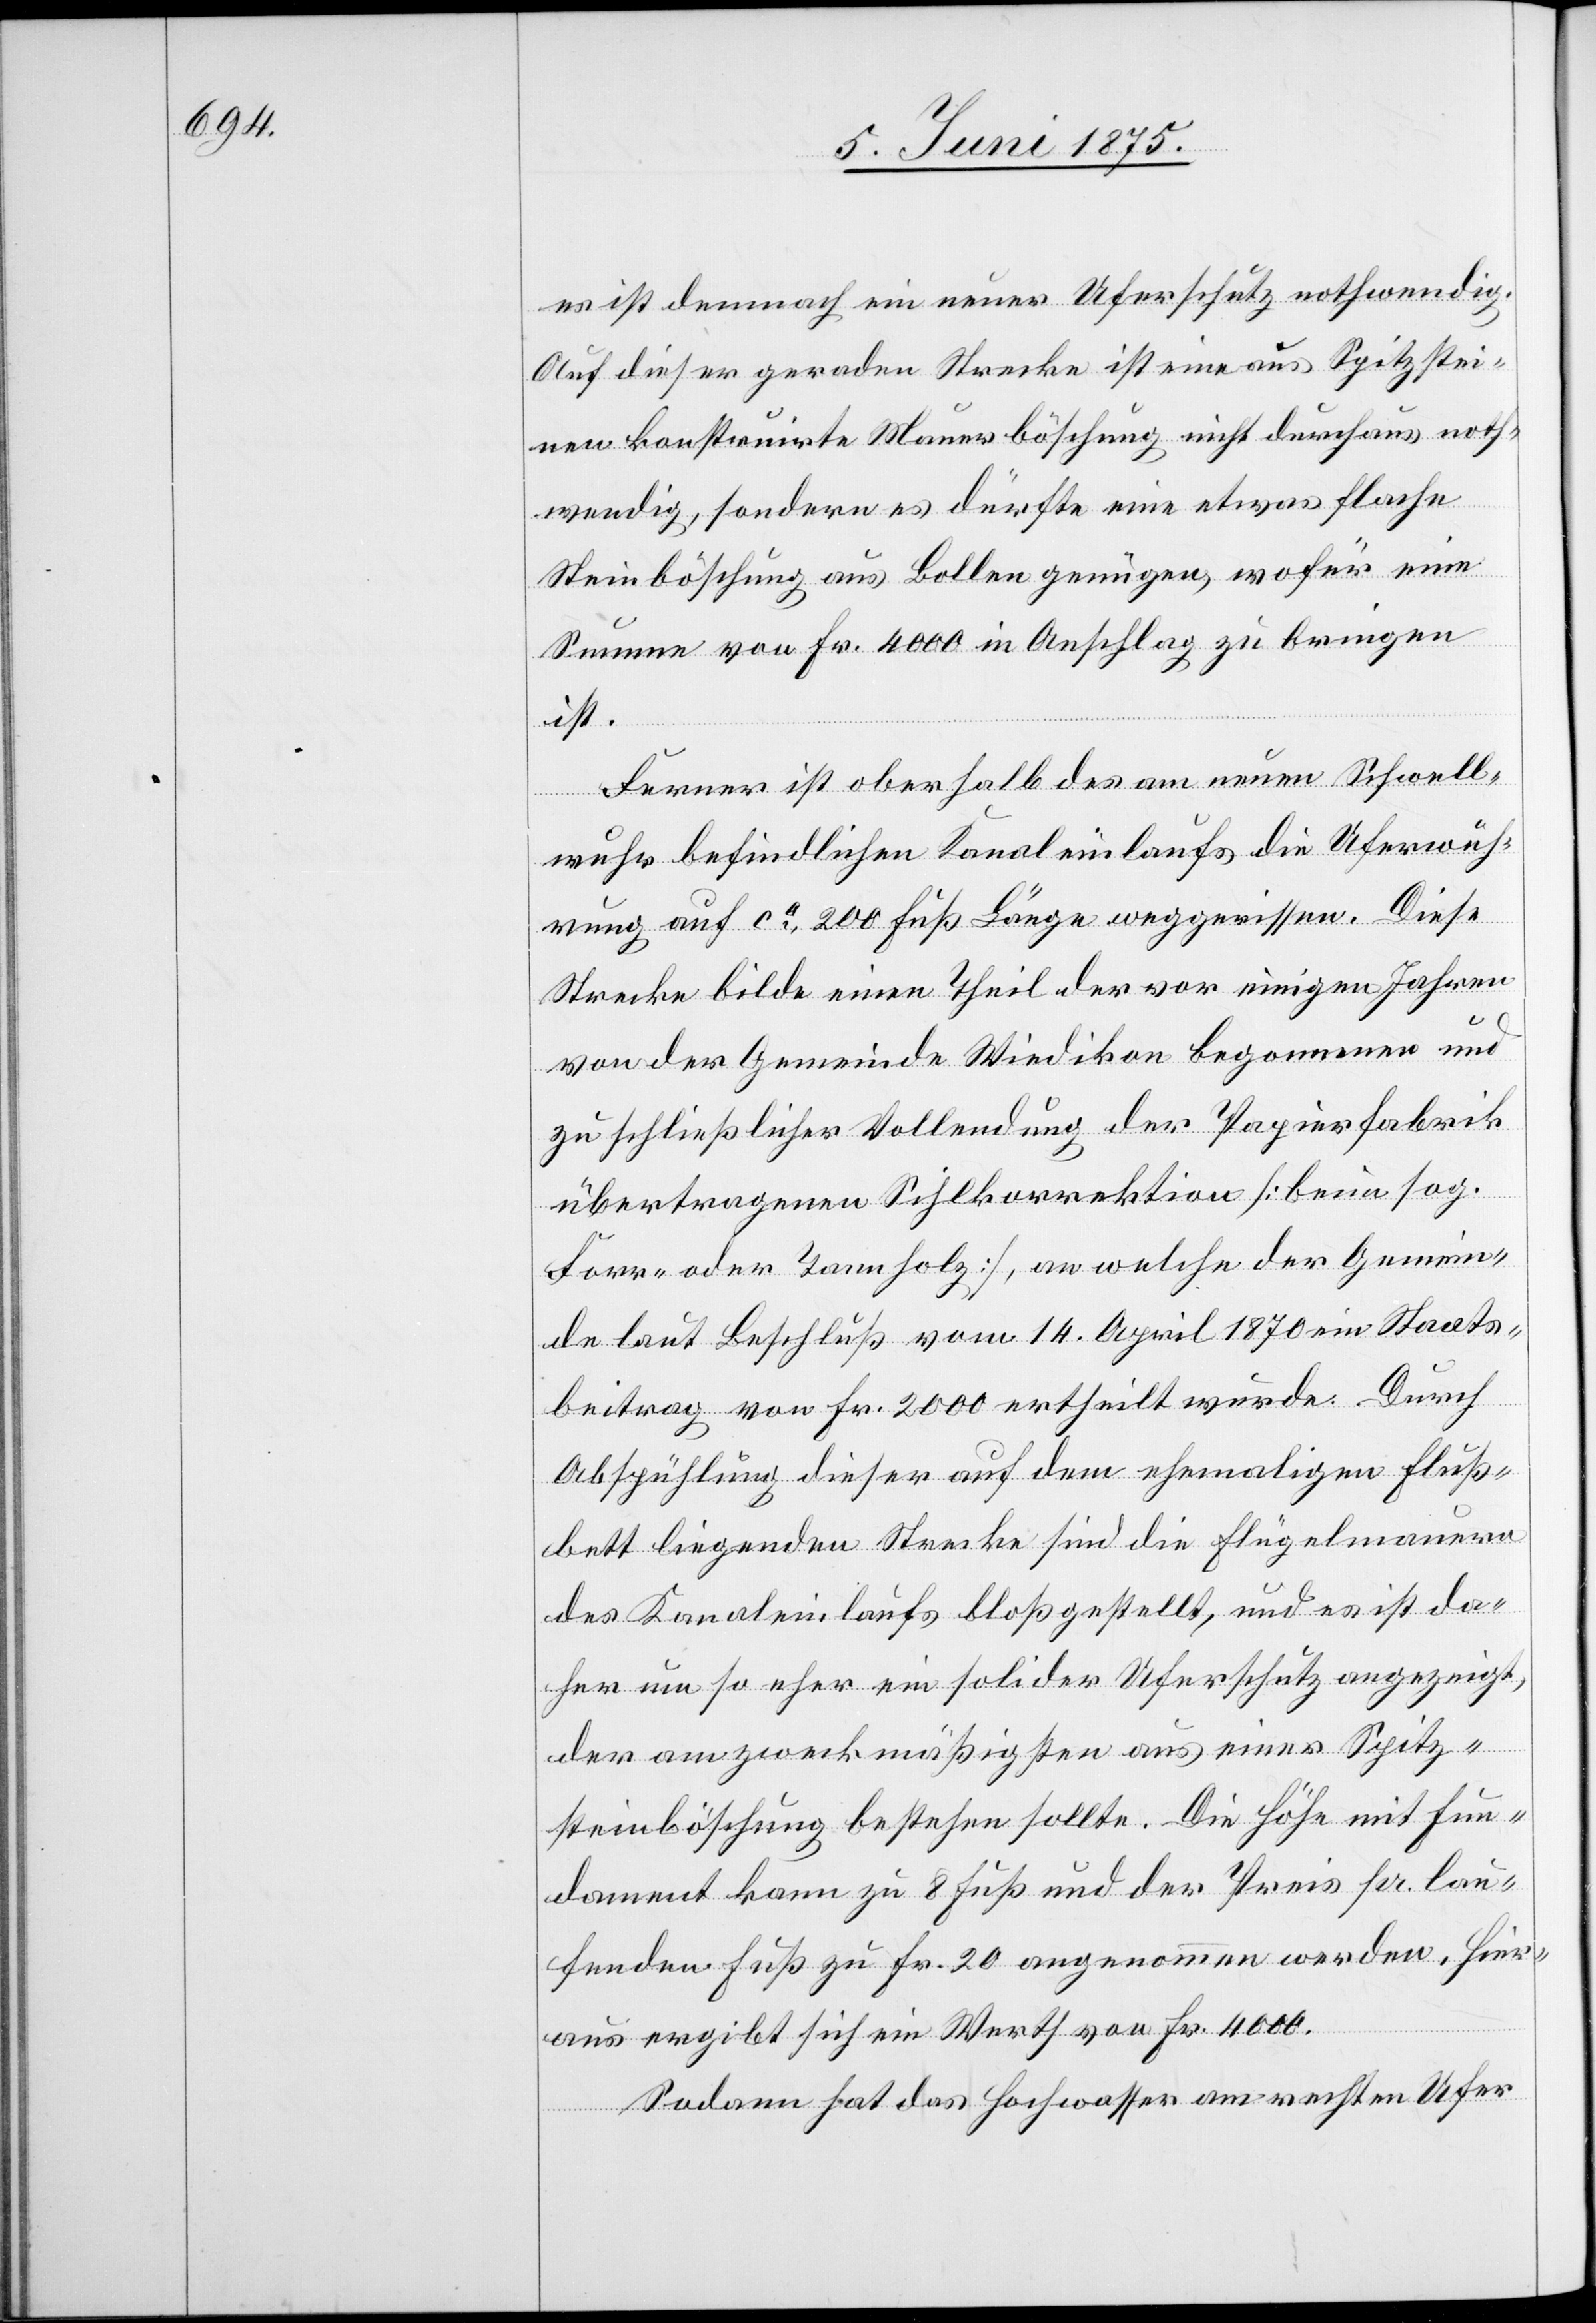
es ist demnach ein neuer Uferschutz nothwendig.
Auf dieser geraden Strecke ist eine aus Spitzstei¬
nen konstruirte Mauerböschung nicht durchaus noth¬
wendig, sondern es dürfte eine etwas flache
Steinböschung aus Bollen genügen, wofür eine
Summe von Fr. 4000 in Anschlag zu bringen
ist.
Ferner ist oberhalb des am neuen Schwell¬
wuhr befindlichen Kanaleinlaufs die Uferwuh¬
rung auf ca 200 Fuß Länge weggerissen. Diese
Strecke bilde einen Theil der vor einigen Jahren
von der Gemeinde Wiedikon begonnenen und
zu schließlicher Vollendung der Papierfabrik
übertragenen Sihlkorrektion [beim sog.
Forr- oder Tannholz], an welche der Gemein¬
de laut Beschluß vom 14. April 1870 ein Staats¬
beitrag von Fr. 2000 ertheilt wurde. Durch
Abspühlung dieser auf dem ehemaligen Fluß¬
bett liegende Strecke sind die Flügelmauern
des Kanaleinlaufs bloßgestellt, und es ist da¬
her um so eher ein solider Uferschutz angezeigt,
der am zweckmäßigsten aus einer Spitz¬
steinböschung bestehen sollte. Die Höhe mit Fun¬
dament kann zu 8 Fuß und der Preis pr. lau¬
fenden Fuß zu Fr. 20 angenommen werden. Hier¬
aus ergibt sich ein Werth von Fr. 4000.
Sodann hat das Hochwasser am rechten Ufer